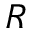
R